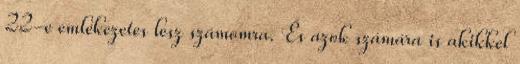
22-e emlékezetes lesz számomra. És azok számára is akikkel